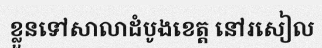
ខ្លួនទៅសាលាដំបូងខេត្ត នៅរសៀល